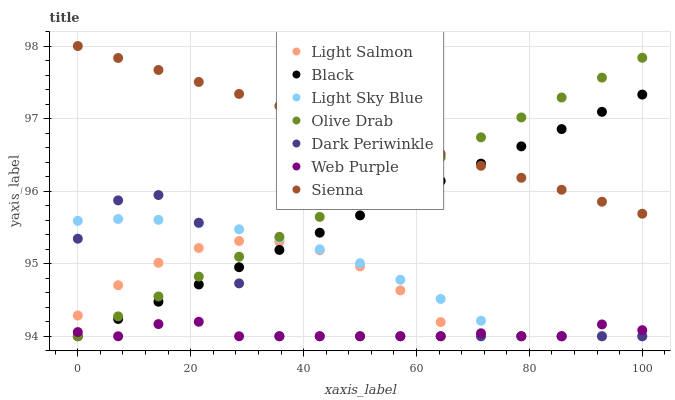
| xaxis_label | Light Salmon | Black | Light Sky Blue | Olive Drab | Dark Periwinkle | Web Purple | Sienna |
 | --- | --- | --- | --- | --- | --- | --- | --- |
 | 0 | 94.3 | 94 | 95.6 | 94 | 95.3 | 94.1 | 98 |
 | 7.14 | 94.7 | 94.2 | 95.6 | 94.3 | 95.9 | 94 | 97.8 |
 | 14.3 | 95 | 94.5 | 95.6 | 94.5 | 95.9 | 94.2 | 97.7 |
 | 21.4 | 95.2 | 94.7 | 95.6 | 94.8 | 95.6 | 94.2 | 97.5 |
 | 28.6 | 95.3 | 95 | 95.5 | 95.1 | 94.7 | 94 | 97.3 |
 | 35.7 | 95.3 | 95.2 | 95.4 | 95.4 | 94 | 94 | 97.2 |
 | 42.9 | 95.2 | 95.4 | 95.2 | 95.6 | 94 | 94 | 97 |
 | 50 | 95 | 95.7 | 95 | 95.9 | 94 | 94 | 96.8 |
 | 57.1 | 94.6 | 95.9 | 94.8 | 96.2 | 94 | 94 | 96.7 |
 | 64.3 | 94.2 | 96.1 | 94.5 | 96.5 | 94 | 94 | 96.5 |
 | 71.4 | 94 | 96.4 | 94.2 | 96.7 | 94 | 94 | 96.3 |
 | 78.6 | 94 | 96.6 | 94 | 97 | 94 | 94 | 96.2 |
 | 85.7 | 94 | 96.9 | 94 | 97.3 | 94 | 94 | 96 |
 | 92.9 | 94 | 97.1 | 94 | 97.6 | 94 | 94.2 | 95.9 |
 | 100 | 94 | 97.3 | 94 | 97.8 | 94 | 94.1 | 95.7 |